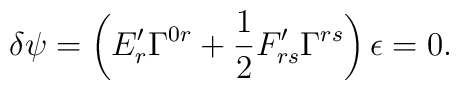
\delta\psi=\left(E'_r\Gamma^{0r}+\frac{1}{2}F'_{rs}\Gamma^{rs}\right)\epsilon=0.